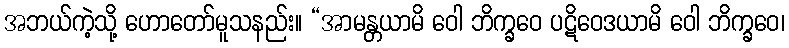
အဘယ်ကဲ့သို့ ဟောတော်မူသနည်း။ “အာမန္တယာမိ ဝေါ ဘိက္ခဝေ ပဋိဝေဒယာမိ ဝေါ ဘိက္ခဝေ၊